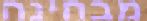
מבחינה